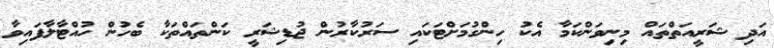
އަދި ޝަރީއަތްތައް މިނިވަންކަމާ އެކު ހިންގުމަށްޓަކައި ސަރުކާރުން ޖުޑިޝަރީ ކަންތައްތަކާ ބެހުން ހުއްޓާލާފައިވާ